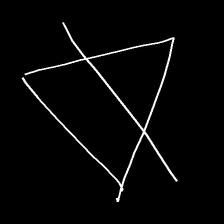
Glyph: empower